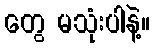
တွေ မသုံးပါနဲ့။